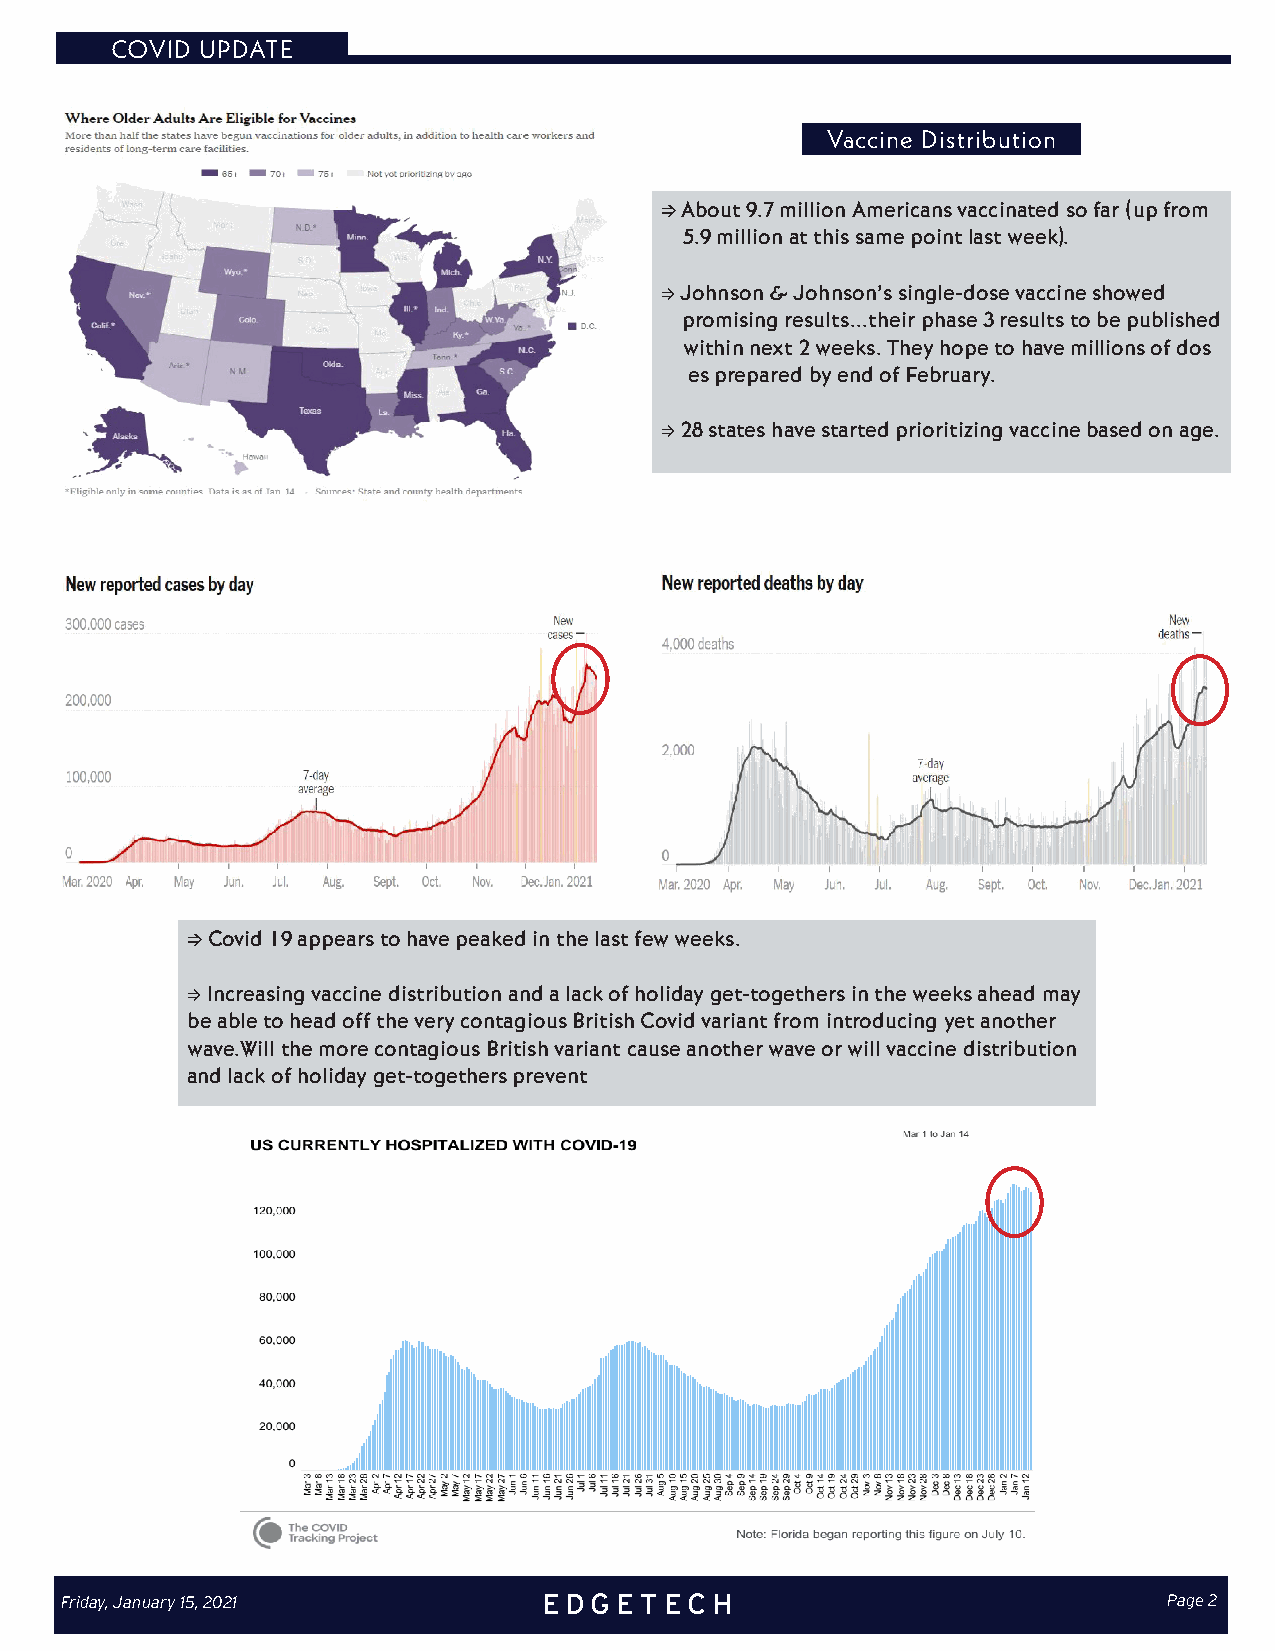
COVID UPDATE
 Vaccine Distribution
 ⇒ About 9.7 million Americans vaccinated so far (up from
 5.9 million at this same point last week).
 ⇒ Johnson & Johnson’s single-dose vaccine showed
 promising results...their phase 3 results to be published
 within next 2 weeks. They hope to have millions of dos
 es prepared by end of February.
 ⇒ 28 states have started prioritizing vaccine based on age.
 ⇒ Covid 19 appears to have peaked in the last few weeks.
 ⇒ Increasing vaccine distribution and a lack of holiday get-togethers in the weeks ahead may
 be able to head off the very contagious British Covid variant from introducing yet another
 wave.Will the more contagious British variant cause another wave or will vaccine distribution
 and lack of holiday get-togethers prevent
 Friday, January 15, 2021        EDGETECH                                 Page 2